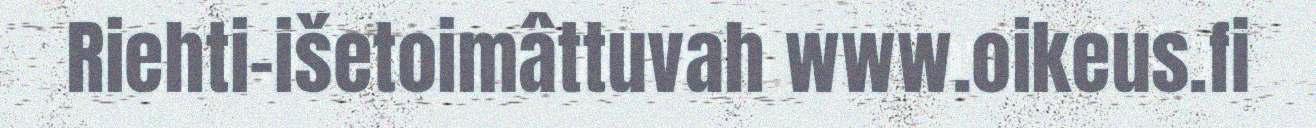
Riehti-išetoimâttuvah www.oikeus.fi